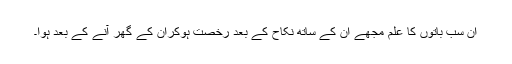
ان سب باتوں کا علم مجھے ان کے ساتھ نکاح کے بعد رخصت ہوکران کے گھر آنے کے بعد ہوا۔